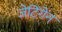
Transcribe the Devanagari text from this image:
जेटिंगेन